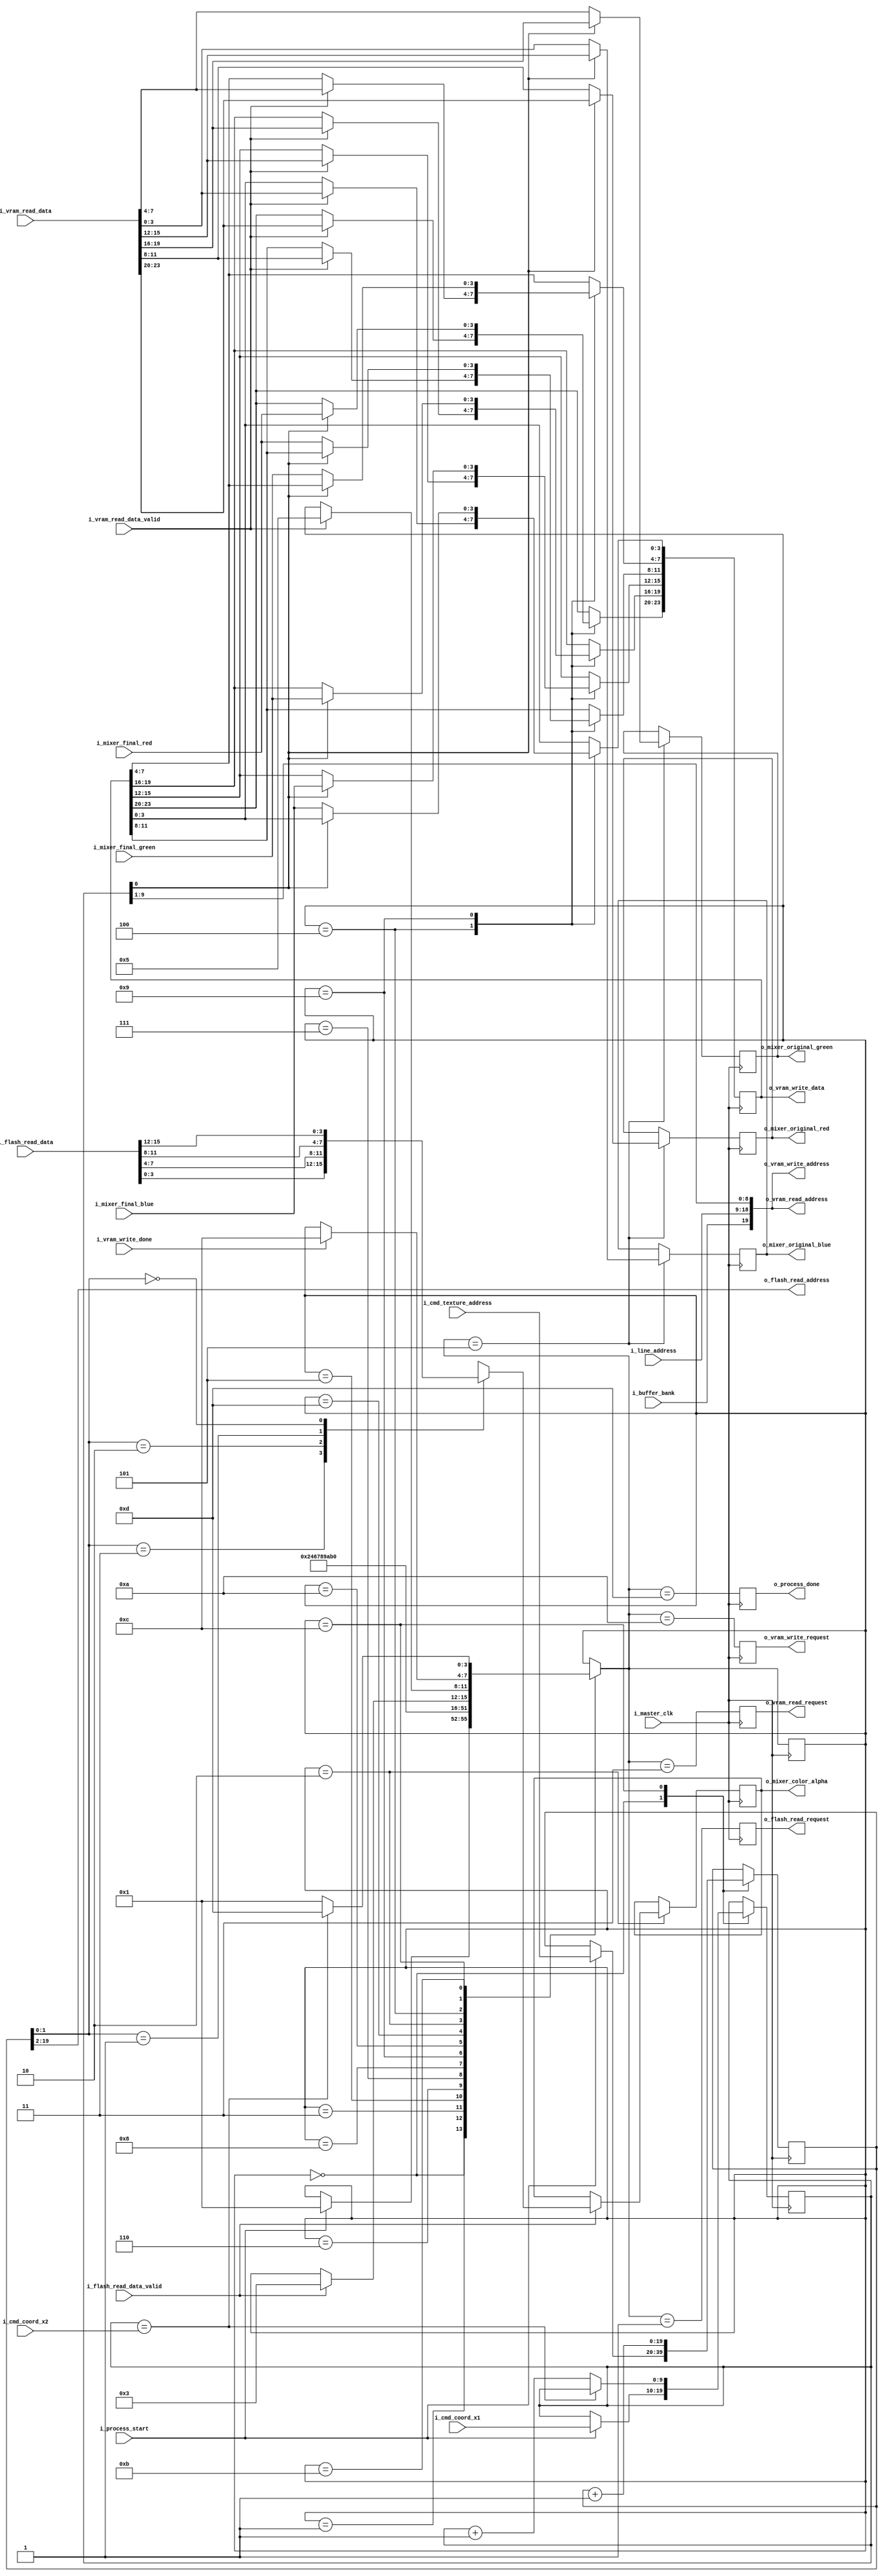
module RendererTextureMix (
        // clock
        i_master_clk,

        // LINE COORDINATES
        i_cmd_coord_x1,
        i_cmd_coord_x2,
        i_line_address,

        // TEXTURE ADDRESS
        i_cmd_texture_address,

        // COLOR MIXER interface
        o_mixer_original_red,
        o_mixer_original_green,
        o_mixer_original_blue,
        o_mixer_color_alpha,
        i_mixer_final_red,
        i_mixer_final_green,
        i_mixer_final_blue,

        // RENDERER interface
        i_process_start,
        o_process_done,

        // BUFFER CONTROLLER interface
        i_buffer_bank,

        // VIDEO RAM READ interface
        o_vram_read_address,
        o_vram_read_request,
        i_vram_read_data,
        i_vram_read_data_valid,

        // VIDEO RAM WRITE interface
        o_vram_write_address,
        o_vram_write_data,
        o_vram_write_request,
        i_vram_write_done,

        // NAND FLASH READ interface
        o_flash_read_address,
        o_flash_read_request,
        i_flash_read_data,
        i_flash_read_data_valid

    );

    input           i_master_clk;

    input[9:0]      i_cmd_coord_x1;
    input[9:0]      i_cmd_coord_x2;
    input[9:0]      i_line_address;

    input[19:0]     i_cmd_texture_address;

    output[3:0]     o_mixer_original_red;
    output[3:0]     o_mixer_original_green;
    output[3:0]     o_mixer_original_blue;
    output[3:0]     o_mixer_color_alpha;
    input[3:0]      i_mixer_final_red;
    input[3:0]      i_mixer_final_green;
    input[3:0]      i_mixer_final_blue;

    input           i_process_start;
    output          o_process_done;

    input           i_buffer_bank;

    output[19:0]    o_vram_read_address;
    output          o_vram_read_request;
    input[23:0]     i_vram_read_data;
    input           i_vram_read_data_valid;

    output[19:0]    o_vram_write_address;
    output[23:0]    o_vram_write_data;
    output          o_vram_write_request;
    input           i_vram_write_done;

    output[17:0]    o_flash_read_address;
    output          o_flash_read_request;
    input[15:0]     i_flash_read_data;
    input           i_flash_read_data_valid;


    // ***********************************************
    // **                                           **
    // **   STATE MACHINE                           **
    // **                                           **
    // ***********************************************

    localparam STATE_IDLE                   = 0;
    localparam STATE_READ_TEXTURE           = 1;
    localparam STATE_READ_TEXTURE_WAIT      = 2;
    localparam STATE_READ_TUPPLE            = 3;
    localparam STATE_READ_TUPPLE_WAIT       = 4;
    localparam STATE_MIX_PIXEL_LO           = 5;
    localparam STATE_MIX_WAIT1              = 6;
    localparam STATE_MIX_WAIT2              = 7;
    localparam STATE_MIX_WAIT3              = 8;
    localparam STATE_MIX_WAIT4              = 9;
    localparam STATE_WRITE_TUPPLE           = 10;
    localparam STATE_WRITE_TUPPLE_WAIT      = 11;
    localparam STATE_NEXT_PIXEL             = 12;
    localparam STATE_DONE                   = 13;

    reg[3:0]        r_state = STATE_IDLE;
    reg[3:0]        w_next_state;

    always @(*) begin
        w_next_state = r_state;

        case (r_state)

            STATE_IDLE: begin
                if (i_process_start)
                    w_next_state = STATE_READ_TEXTURE;
            end

            STATE_READ_TEXTURE:     w_next_state = STATE_READ_TEXTURE_WAIT;
            STATE_READ_TUPPLE:      w_next_state = STATE_READ_TUPPLE_WAIT;
            STATE_MIX_PIXEL_LO:     w_next_state = STATE_MIX_WAIT1;
            STATE_MIX_WAIT1:        w_next_state = STATE_MIX_WAIT2;
            STATE_MIX_WAIT2:        w_next_state = STATE_MIX_WAIT3;
            STATE_MIX_WAIT3:        w_next_state = STATE_MIX_WAIT4;
            STATE_MIX_WAIT4:        w_next_state = STATE_WRITE_TUPPLE;
            STATE_WRITE_TUPPLE:     w_next_state = STATE_WRITE_TUPPLE_WAIT;
            STATE_DONE:             w_next_state = STATE_IDLE;

            STATE_READ_TEXTURE_WAIT: begin
                if (i_flash_read_data_valid)
                    w_next_state = STATE_READ_TUPPLE;
            end

            STATE_READ_TUPPLE_WAIT: begin
                if (i_vram_read_data_valid)
                    w_next_state = STATE_MIX_PIXEL_LO;
            end

            STATE_WRITE_TUPPLE_WAIT: begin
                if (i_vram_write_done)
                    w_next_state = STATE_NEXT_PIXEL;
            end

            STATE_NEXT_PIXEL: begin
                if (w_last_pixel)
                    w_next_state = STATE_DONE;
                else
                    w_next_state = STATE_READ_TEXTURE;
            end

        endcase
    end

    always @(posedge i_master_clk)
        r_state <= w_next_state;

    // done flag
    reg     r_flag_done = 0;

    always @(posedge i_master_clk)
        r_flag_done = (w_next_state == STATE_DONE);

    assign o_process_done = r_flag_done;

    // ***********************************************
    // **                                           **
    // **   PIXEL COUNTER & READER & WRITER         **
    // **                                           **
    // ***********************************************

    // pixel counter
    reg[9:0]        r_pixel_counter;

    // SIGNAL: last pixel
    wire            w_last_pixel = (r_pixel_counter == i_cmd_coord_x2);

    // tupple buffer
    reg[23:0]       r_tupple_buffer;

    always @(posedge i_master_clk) begin
        case (r_state)

            STATE_IDLE: begin
                if (i_process_start) begin
                    r_pixel_counter <= i_cmd_coord_x1;
                end
            end

            STATE_READ_TUPPLE_WAIT: begin
                if (i_vram_read_data_valid)
                    r_tupple_buffer <= i_vram_read_data;
            end

            STATE_MIX_WAIT4: begin
                if (r_pixel_counter[0]==0) begin
                    r_tupple_buffer[11:8] <= i_mixer_final_red;
                    r_tupple_buffer[7:4] <= i_mixer_final_green;
                    r_tupple_buffer[3:0] <= i_mixer_final_blue;
                end else begin
                    r_tupple_buffer[23:20] <= i_mixer_final_red;
                    r_tupple_buffer[19:16] <= i_mixer_final_green;
                    r_tupple_buffer[15:12] <= i_mixer_final_blue;
                end
            end

            STATE_NEXT_PIXEL: begin
                if (!w_last_pixel)
                    r_pixel_counter <= r_pixel_counter + 1;
            end
            
        endcase
    end

    // read request
    reg             r_pixel_read_request = 0;

    always @(posedge i_master_clk)
        r_pixel_read_request <= (w_next_state == STATE_READ_TUPPLE);

    // write request
    reg             r_pixel_write_request = 0;

    always @(posedge i_master_clk)
        r_pixel_write_request <= (w_next_state == STATE_WRITE_TUPPLE);

    // assign outputs
    assign o_vram_read_address = { i_buffer_bank, i_line_address, r_pixel_counter[9:1] };
    assign o_vram_read_request = r_pixel_read_request;

    assign o_vram_write_address = { i_buffer_bank, i_line_address, r_pixel_counter[9:1] };
    assign o_vram_write_request = r_pixel_write_request;
    assign o_vram_write_data = r_tupple_buffer;

    // ***********************************************
    // **                                           **
    // **   COLOR MIXING                            **
    // **                                           **
    // ***********************************************

    // mixer input color
    reg[3:0]    r_mixer_red;
    reg[3:0]    r_mixer_green;
    reg[3:0]    r_mixer_blue;

    always @(posedge i_master_clk) begin
        case (w_next_state)

            STATE_MIX_PIXEL_LO: begin
                if (r_pixel_counter[0] == 0) begin
                    r_mixer_red <= i_vram_read_data[11:8];
                    r_mixer_green <= i_vram_read_data[7:4];
                    r_mixer_blue <= i_vram_read_data[3:0];
                end else begin
                    r_mixer_red <= i_vram_read_data[23:20];
                    r_mixer_green <= i_vram_read_data[19:16];
                    r_mixer_blue <= i_vram_read_data[15:12];
                end
            end

        endcase
    end

    assign o_mixer_original_red = r_mixer_red;
    assign o_mixer_original_green = r_mixer_green;
    assign o_mixer_original_blue = r_mixer_blue;

    // ***********************************************
    // **                                           **
    // **   TEXTURE COUNTER & READ                  **
    // **                                           **
    // ***********************************************

    // texture address counter
    reg[19:0]        r_texture_address;

    // // texture column address
    // wire[7:0]       w_texture_column_address = r_texture_column[9:2]; 

    // texture pixel value
    reg[3:0]        r_texture_alpha;

    always @(posedge i_master_clk) begin
        case (r_state) 

            STATE_IDLE: begin
                if (i_process_start) begin
                    r_texture_address <= i_cmd_texture_address;
                end
            end

            STATE_NEXT_PIXEL: begin
                r_texture_address <= r_texture_address + 1;
            end

            STATE_READ_TEXTURE_WAIT: begin
                if (i_flash_read_data_valid) begin
                    case (r_texture_address[1:0])
                        2'b11:  r_texture_alpha <= i_flash_read_data[3:0];
                        2'b10:  r_texture_alpha <= i_flash_read_data[7:4];
                        2'b01:  r_texture_alpha <= i_flash_read_data[11:8];
                        2'b00:  r_texture_alpha <= i_flash_read_data[15:12];
                    endcase
                end
            end
        endcase

    end

    assign o_mixer_color_alpha = r_texture_alpha;

    // read request
    reg             r_texture_read_request = 0;

    always @(posedge i_master_clk)
        r_texture_read_request <= (w_next_state == STATE_READ_TEXTURE);

    assign o_flash_read_request = r_texture_read_request;
    assign o_flash_read_address = r_texture_address[19:2];


endmodule